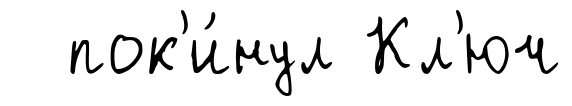
пок'и́нул Кл'юч